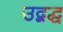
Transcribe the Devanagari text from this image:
उद्बद्ध